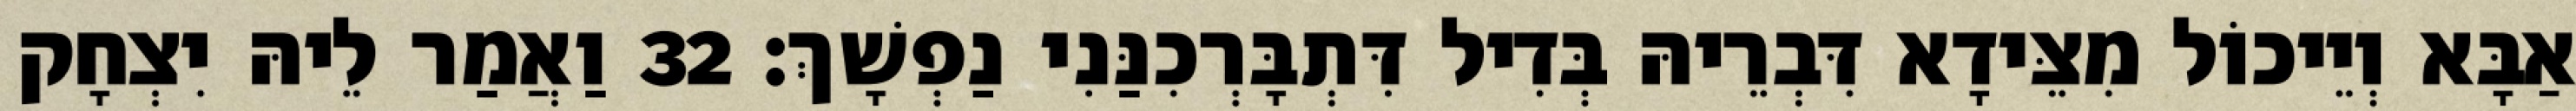
אַבָּא וְיֵיכוֹל מִצֵּידָא דִּבְרֵיהּ בְּדִיל דִּתְבָּרְכִנַּנִי נַפְשָׁךְ׃ 32 וַאֲמַר לֵיהּ יִצְחָק